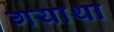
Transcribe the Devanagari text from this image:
गयाथा